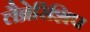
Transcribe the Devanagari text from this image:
लैब्रेरिंशिप